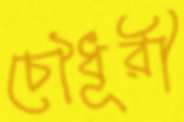
চৌধূরী